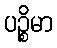
ပဉ္စိမာ